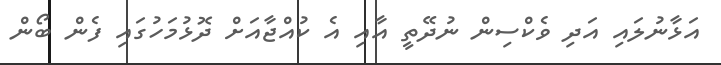
އަޅާނުލައި އަދި ވެކްސިން ނުދޭތީ އާއި އެ ކުއްޖާއަށް ދޮޅުމަހުގައި ފެން ބޯން